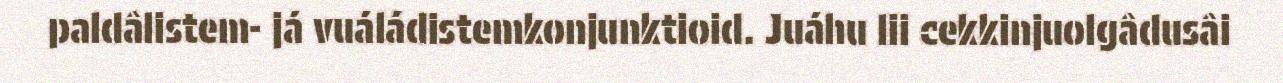
paldâlistem- já vuáládistemkonjunktioid. Juáhu lii cekkinjuolgâdusâi